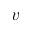
v